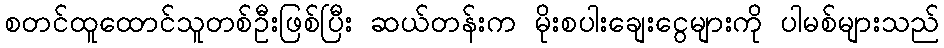
စတင်ထူထောင်သူတစ်ဦးဖြစ်ပြီး ဆယ်တန်းက မိုးစပါးချေးငွေများကို ပါမစ်များသည်